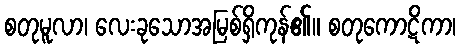
စတုမူလာ၊ လေးခုသောအမြစ်ရှိကုန်၏။ စတုကောဋိကာ၊